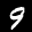
Label: 9